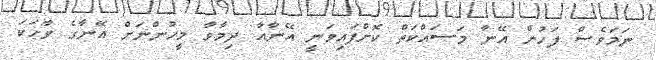
ނަމަވެސް ފަހުން އޭނާ މަސައްކަތް ކޮށްފައިވަނީ އޭނާއާ ދިމާވާ މީހުންނަށް އޭނާގެ ވާހަކަ